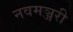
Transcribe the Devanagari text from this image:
नवमञ्जरी